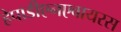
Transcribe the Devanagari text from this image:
हेपाडीएनएवायरस